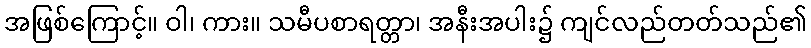
အဖြစ်ကြောင့်။ ဝါ၊ ကား။ သမီပစာရတ္တာ၊ အနီးအပါး၌ ကျင်လည်တတ်သည်၏